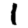
Digit: 1